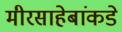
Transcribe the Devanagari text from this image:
मीरसाहेबांकडे